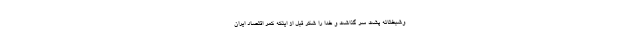
وشبختانه پشت سر گذاشت و خدا را شکر قبل از اینکه کمر اقتصاد ایران